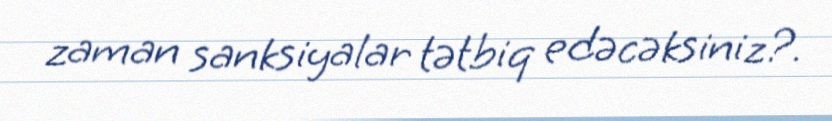
zaman sanksiyalar tətbiq edəcəksiniz?.